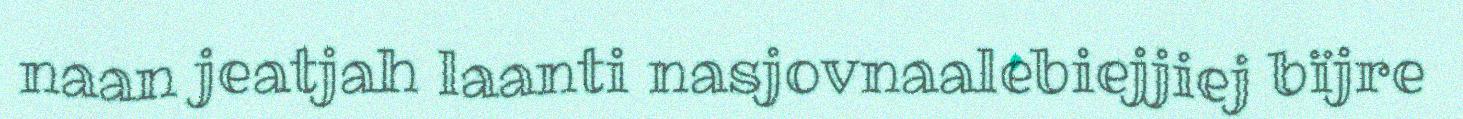
naan jeatjah laanti nasjovnaalebiejjiej bïjre